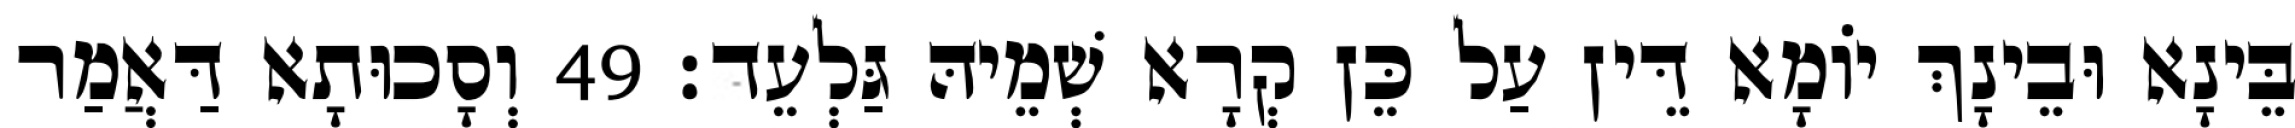
בֵּינָא וּבֵינָךְ יוֹמָא דֵּין עַל כֵּן קְרָא שְׁמֵיהּ גַּלְעֵד׃ 49 וְסָכוּתָא דַּאֲמַר